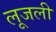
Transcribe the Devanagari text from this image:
लूजली